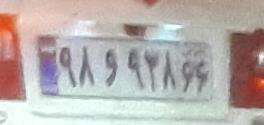
۹۸و۹۳۸۶۶